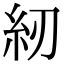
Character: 紉